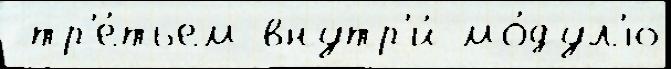
 тр'е́тьем внутр'и́ мо́дул'ю